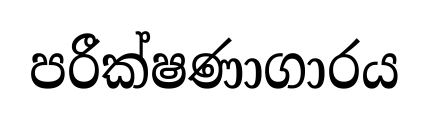
පරීක්ෂණාගාරය